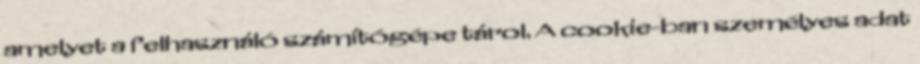
amelyet a felhasználó számítógépe tárol. A cookie-ban személyes adat